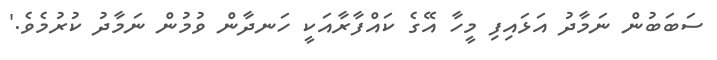
ސަބަބުން ނަމާދު އަޅައިފި މީހާ އޭގެ ކައްފާރާއަކީ ހަނދާން ވުމުން ނަމާދު ކުރުމެވެ.'